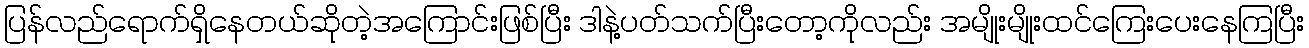
ပြန်လည်ရောက်ရှိနေတယ်ဆိုတဲ့အကြောင်းဖြစ်ပြီး ဒါနဲ့ပတ်သက်ပြီးတော့ကိုလည်း အမျိုးမျိုးထင်ကြေးပေးနေကြပြီး